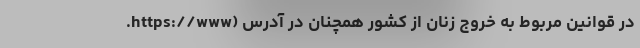
در قوانین مربوط به خروج زنان از کشور همچنان در آدرس (https://www.